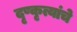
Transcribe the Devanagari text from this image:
दृष्कृत्यांचे